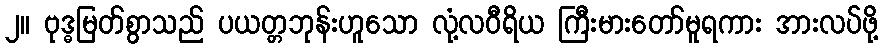
၂။ ဗုဒ္ဓမြတ်စွာသည် ပယတ္တဘုန်းဟူသော လုံ့လဝီရိယ ကြီးမားတော်မူရကား အားလပ်ဖို့